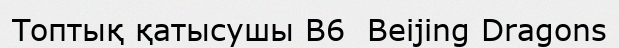
Топтық қатысушы B6  Beijing Dragons